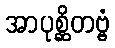
အာပုစ္ဆိတဗ္ဗံ